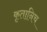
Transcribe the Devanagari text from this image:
कृतानिच